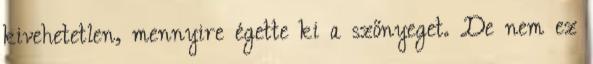
kivehetetlen, mennyire égette ki a szőnyeget. De nem ez